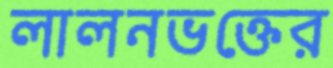
লালনভক্তের